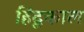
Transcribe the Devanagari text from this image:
हिंदूकाल